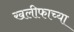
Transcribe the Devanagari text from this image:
खलीफाच्या